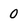
Character: 0